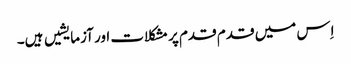
اِس میں قدم قدم پر مشکلات اور آزمایشیں ہیں۔